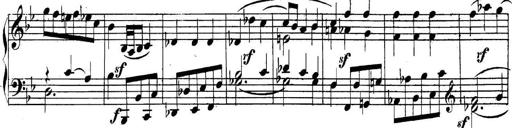
Title: Collected Piano Sonatas
Composer: Muzio Clementi